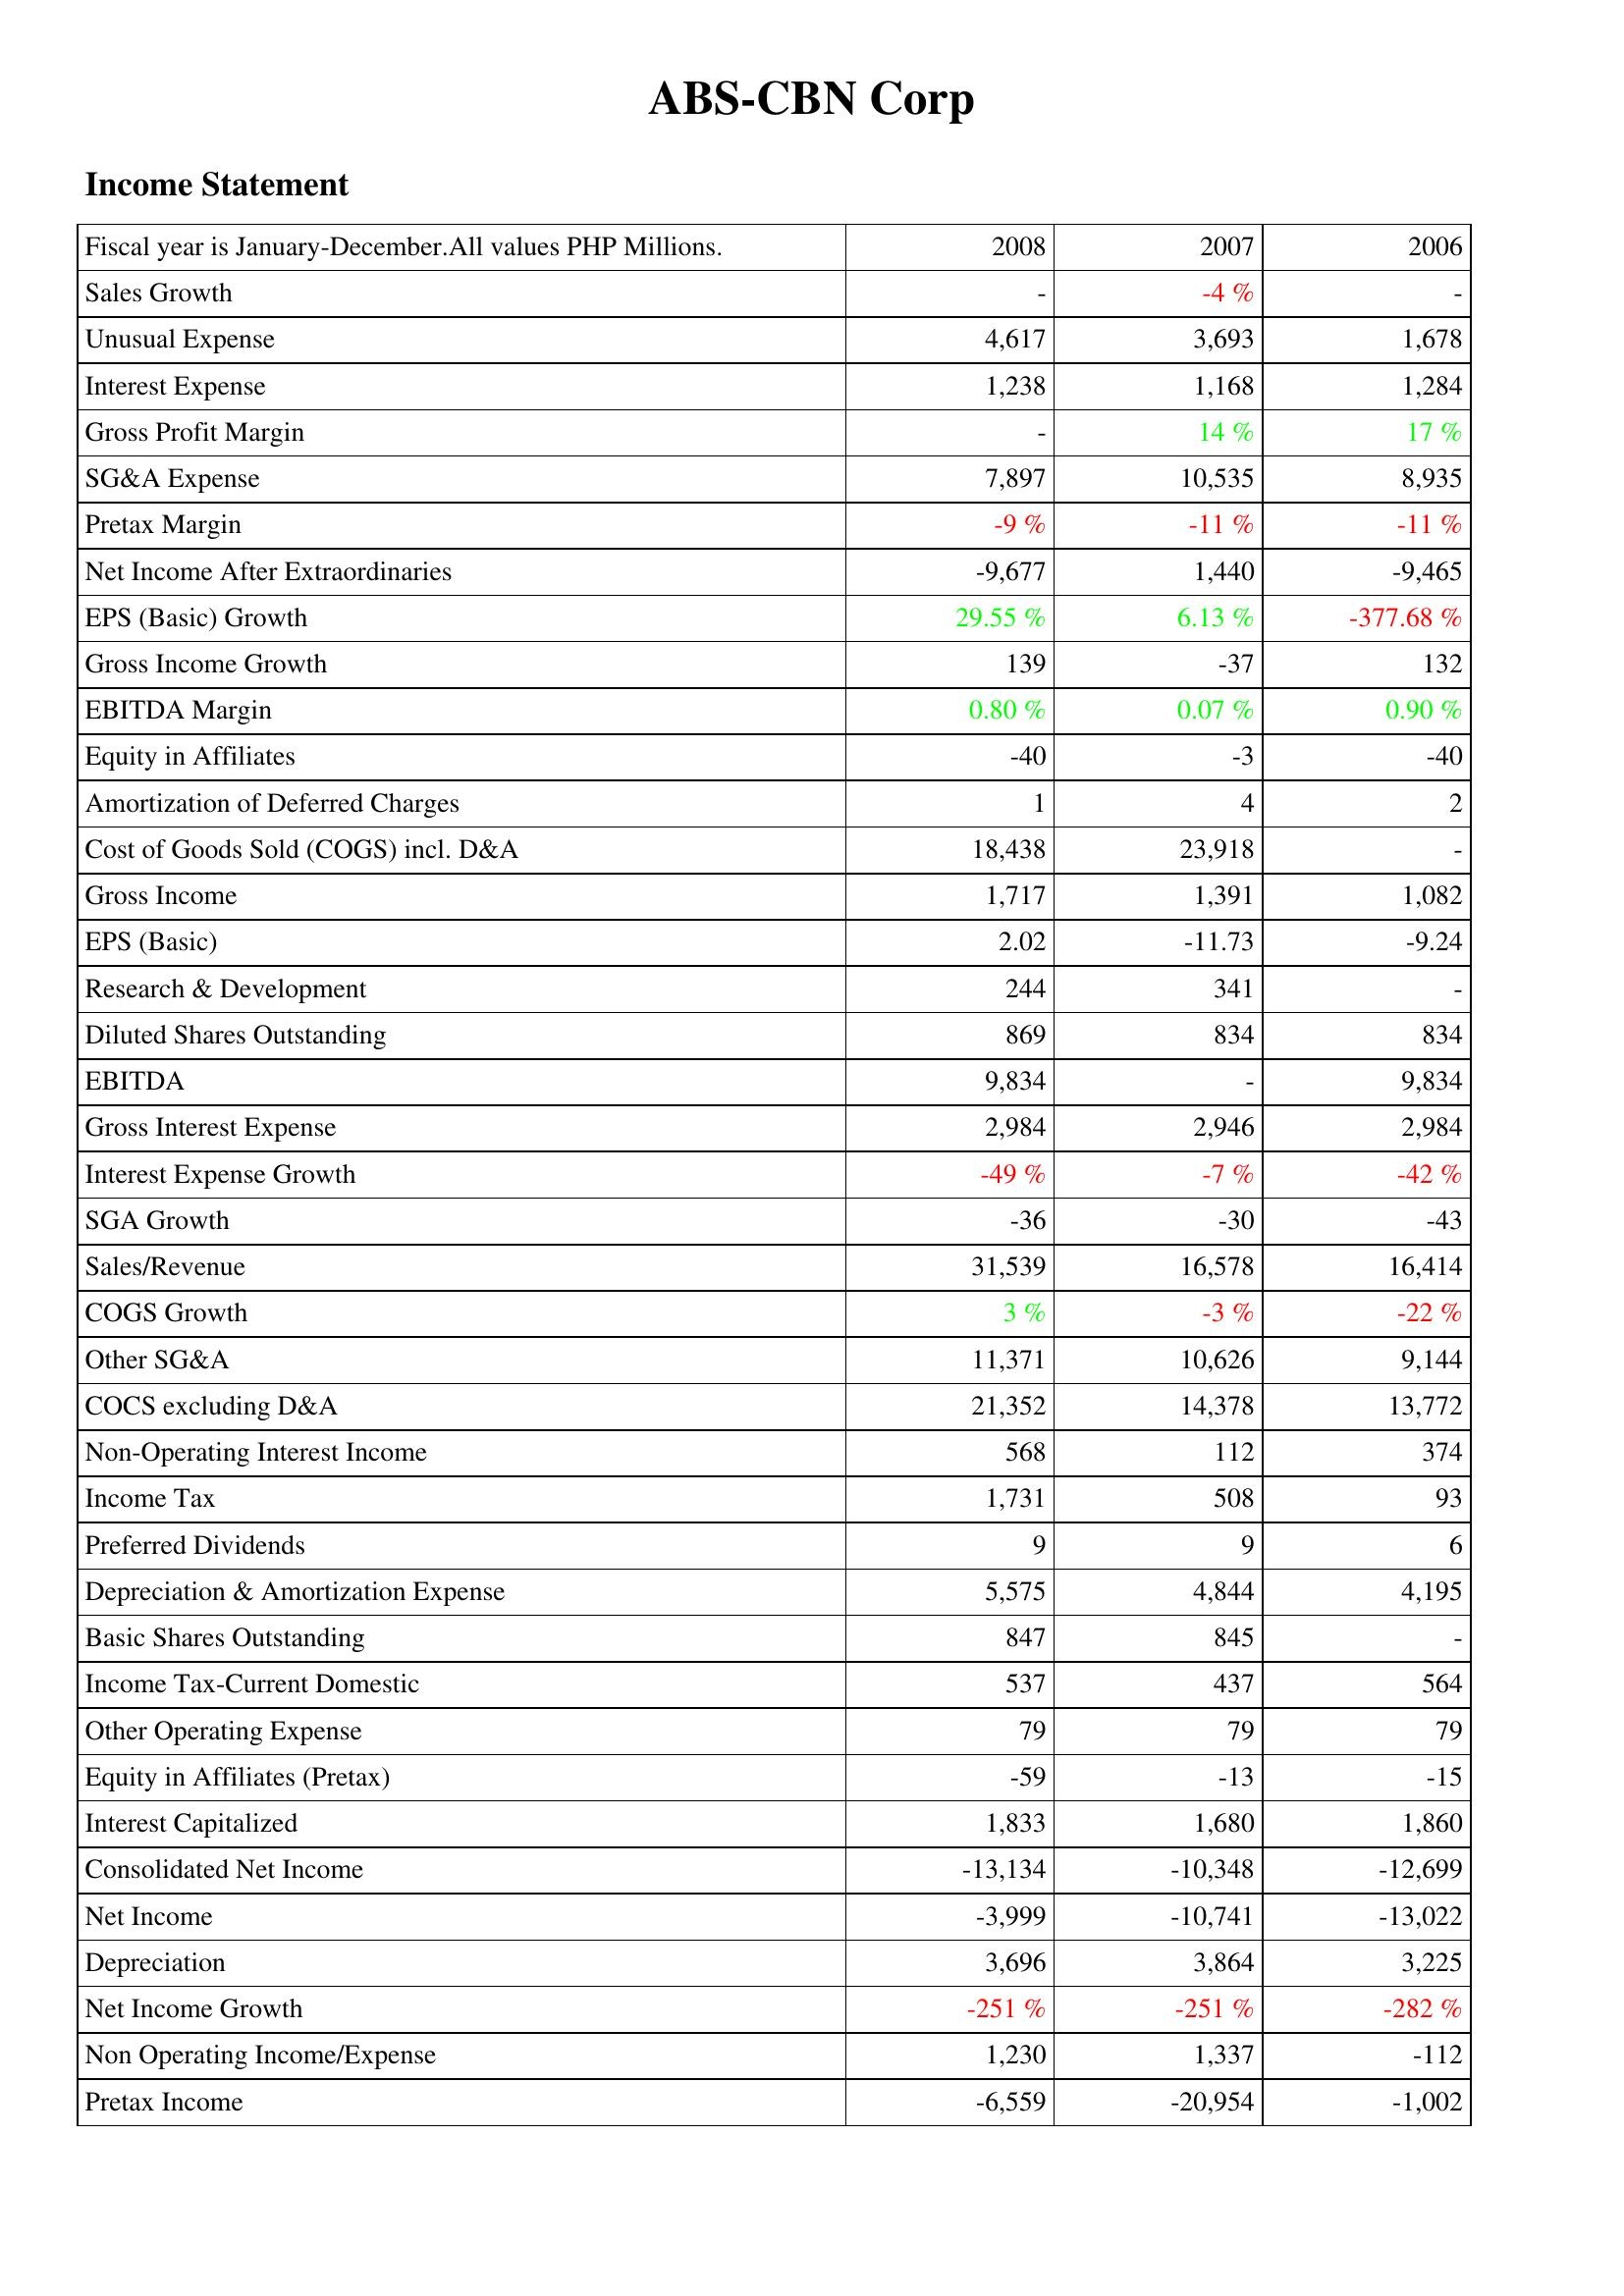
2008: Income Statement: Sales Growth: -
Unusual Expense: 4,617
Interest Expense: 1,238
Gross Profit Margin: -
SG&A Expense: 7,897
Pretax Margin: -9 %
Net Income After Extraordinaries: -9,677
EPS (Basic) Growth: 29.55 %
Gross Income Growth: 139
EBITDA Margin: 0.80 %
Equity in Affiliates: -40
Amortization of Deferred Charges: 1
Cost of Goods Sold (COGS) incl. D&A: 18,438
Gross Income: 1,717
EPS (Basic): 2.02
Research & Development: 244
Diluted Shares Outstanding: 869
EBITDA: 9,834
Gross Interest Expense: 2,984
Interest Expense Growth: -49 %
SGA Growth: -36
Sales/Revenue: 31,539
COGS Growth: 3 %
Other SG&A: 11,371
COCS excluding D&A: 21,352
Non-Operating Interest Income: 568
Income Tax: 1,731
Preferred Dividends: 9
Depreciation & Amortization Expense: 5,575
Basic Shares Outstanding: 847
Income Tax-Current Domestic: 537
Other Operating Expense: 79
Equity in Affiliates (Pretax): -59
Interest Capitalized: 1,833
Consolidated Net Income: -13,134
Net Income: -3,999
Depreciation: 3,696
Net Income Growth: -251 %
Non Operating Income/Expense: 1,230
Pretax Income: -6,559
2007: Income Statement: Sales Growth: -4 %
Unusual Expense: 3,693
Interest Expense: 1,168
Gross Profit Margin: 14 %
SG&A Expense: 10,535
Pretax Margin: -11 %
Net Income After Extraordinaries: 1,440
EPS (Basic) Growth: 6.13 %
Gross Income Growth: -37
EBITDA Margin: 0.07 %
Equity in Affiliates: -3
Amortization of Deferred Charges: 4
Cost of Goods Sold (COGS) incl. D&A: 23,918
Gross Income: 1,391
EPS (Basic): -11.73
Research & Development: 341
Diluted Shares Outstanding: 834
EBITDA: -
Gross Interest Expense: 2,946
Interest Expense Growth: -7 %
SGA Growth: -30
Sales/Revenue: 16,578
COGS Growth: -3 %
Other SG&A: 10,626
COCS excluding D&A: 14,378
Non-Operating Interest Income: 112
Income Tax: 508
Preferred Dividends: 9
Depreciation & Amortization Expense: 4,844
Basic Shares Outstanding: 845
Income Tax-Current Domestic: 437
Other Operating Expense: 79
Equity in Affiliates (Pretax): -13
Interest Capitalized: 1,680
Consolidated Net Income: -10,348
Net Income: -10,741
Depreciation: 3,864
Net Income Growth: -251 %
Non Operating Income/Expense: 1,337
Pretax Income: -20,954
2006: Income Statement: Sales Growth: -
Unusual Expense: 1,678
Interest Expense: 1,284
Gross Profit Margin: 17 %
SG&A Expense: 8,935
Pretax Margin: -11 %
Net Income After Extraordinaries: -9,465
EPS (Basic) Growth: -377.68 %
Gross Income Growth: 132
EBITDA Margin: 0.90 %
Equity in Affiliates: -40
Amortization of Deferred Charges: 2
Cost of Goods Sold (COGS) incl. D&A: -
Gross Income: 1,082
EPS (Basic): -9.24
Research & Development: -
Diluted Shares Outstanding: 834
EBITDA: 9,834
Gross Interest Expense: 2,984
Interest Expense Growth: -42 %
SGA Growth: -43
Sales/Revenue: 16,414
COGS Growth: -22 %
Other SG&A: 9,144
COCS excluding D&A: 13,772
Non-Operating Interest Income: 374
Income Tax: 93
Preferred Dividends: 6
Depreciation & Amortization Expense: 4,195
Basic Shares Outstanding: -
Income Tax-Current Domestic: 564
Other Operating Expense: 79
Equity in Affiliates (Pretax): -15
Interest Capitalized: 1,860
Consolidated Net Income: -12,699
Net Income: -13,022
Depreciation: 3,225
Net Income Growth: -282 %
Non Operating Income/Expense: -112
Pretax Income: -1,002